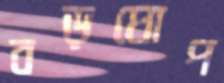
বড়ঘোপ